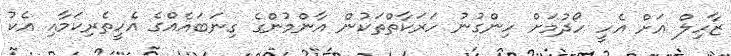
ޒާހިލް އަށް އެހީ ހޯދުމަށް ހިންގުނު ހަރަކާތްތަކުން އާންމުންގެ ގިނަބައެއްގެ އެހީތެރިކަމާއި އެކު